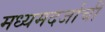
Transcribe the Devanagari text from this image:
मध्यमदर्जाची